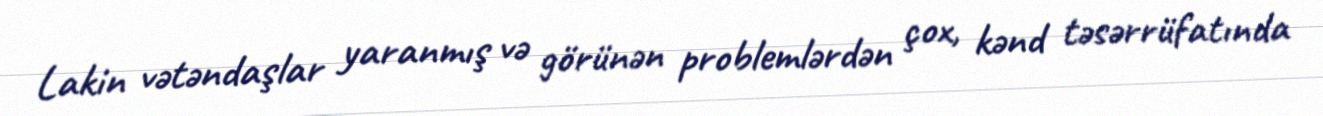
Lakin vətəndaşlar yaranmış və görünən problemlərdən çox, kənd təsərrüfatında